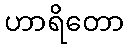
ဟာရိတော